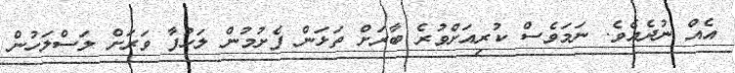
އެއް ނުދެއެވެ. ނަމަވެސް ކުރިއަށްވުރެ ބާރަށް ތަޅަން ފެށުމުން ލަހުފާ ވަރަށް ލަސްލަހުން